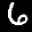
Label: 6